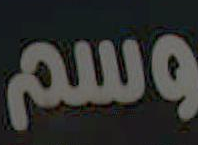
وسم